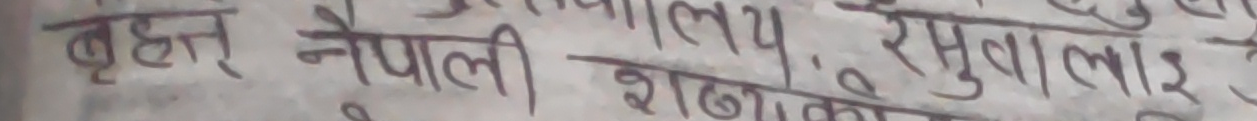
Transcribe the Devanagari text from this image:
बुढा नेपाली शाखाको र सुवालाई